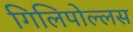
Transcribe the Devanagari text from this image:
गिलिपोल्लस